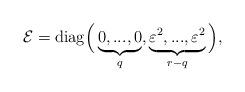
LaTeX: \begin{align*}{\mathcal{E}}=\mathrm{diag}\Big(\underbrace{0,...,0}_{q},\underbrace{\varepsilon ^{2},...,\varepsilon ^{2}}_{r-q}\Big), \end{align*}